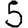
Digit: 5